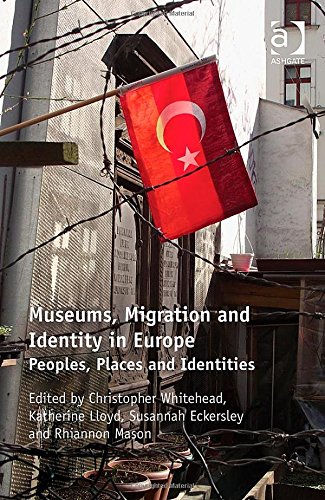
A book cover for Museums, Migration and Identity in Europe: Peoples, Places and Identities; Business & Money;